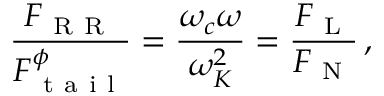
\frac { F _ { \mathrm { ~ R ~ R ~ } } } { F _ { \mathrm { ~ t ~ a ~ i ~ l ~ } } ^ { \phi } } = \frac { \omega _ { c } \omega } { \omega _ { K } ^ { 2 } } = \frac { F _ { \mathrm { ~ L ~ } } } { F _ { \mathrm { ~ N ~ } } } \, ,